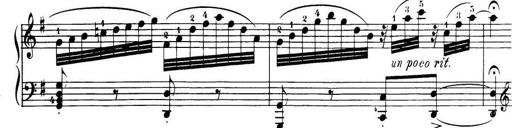
Title: 32 Sonatinas and Rondos for the Piano
Composer: Richard Kleinmichel